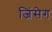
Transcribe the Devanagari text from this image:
जिंसेग